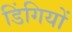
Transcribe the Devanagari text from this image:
डिंगियों